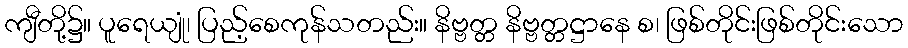
ကျီတို့၌။ ပူရေယျုံ၊ ပြည့်စေကုန်သတည်း။ နိဗ္ဗတ္တ နိဗ္ဗတ္တဋ္ဌာနေ စ၊ ဖြစ်တိုင်းဖြစ်တိုင်းသော